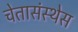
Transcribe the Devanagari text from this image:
चेतासंस्थेस